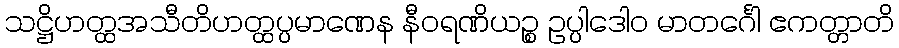
သဋ္ဌိဟတ္ထအသီတိဟတ္ထပ္ပမာဏေန နီဝရဏိယဉ္စ ဥပ္ပါဒေါဝ မာတင်္ဂေါ ဧကတ္တာတိ